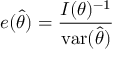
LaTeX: e ( { \hat { \theta } } ) = { \frac { I ( \theta ) ^ { - 1 } } { \operatorname { v a r } ( { \hat { \theta } } ) } }